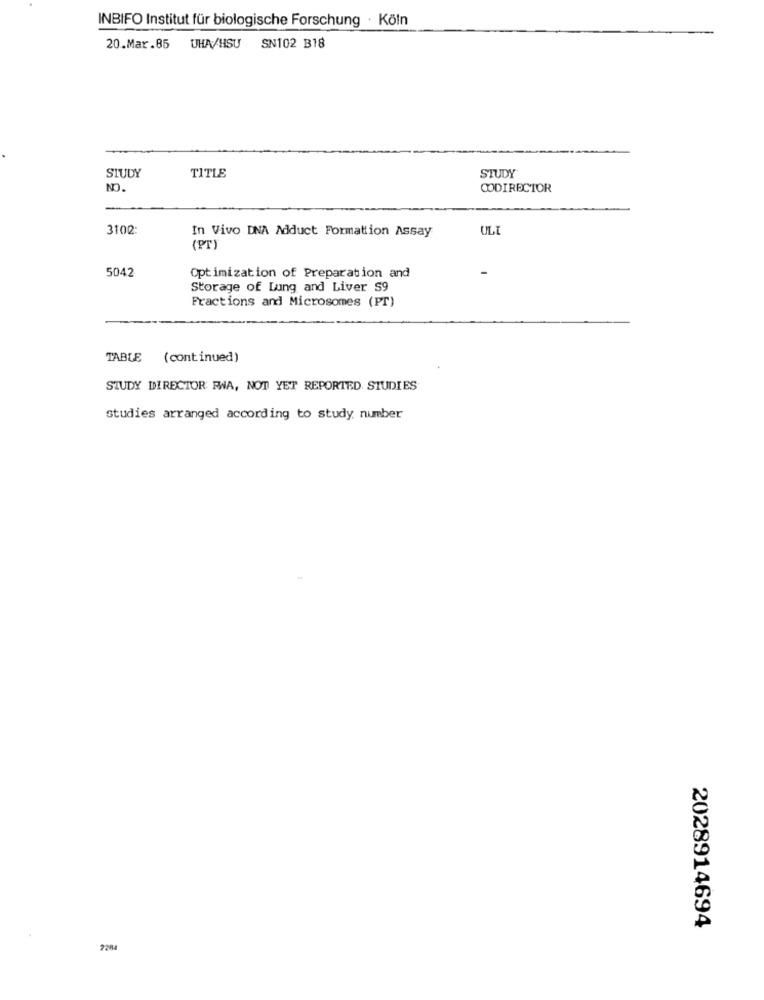
INBIFO Institut für biologische Forschung · Köln
20.Mar.85 UHA/HSU SN102 B18
STUDY
STUDY
TITLE
NO.
CODIRECTOR
3102:
In Vivo DNA Adduct Formation Assay
ULI
(PT)
5042
-
Optimization of Preparation and
Storage of Lung and Liver S9
Fractions and Microsomes (PT)
TABLE (continued)
STUDY DIRECTOR FWA, NOT YET REPORTED STUDIES
studies arranged according to study number
2028914694
7284